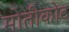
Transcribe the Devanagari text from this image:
मोतीकोट